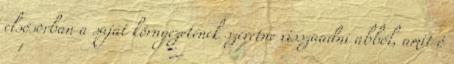
elsôsorban a saját környezetének szeretne visszaadni abból, amit ô